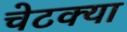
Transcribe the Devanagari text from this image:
चेटक्या